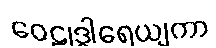
ဝေဠုဒွါရေယျကာ